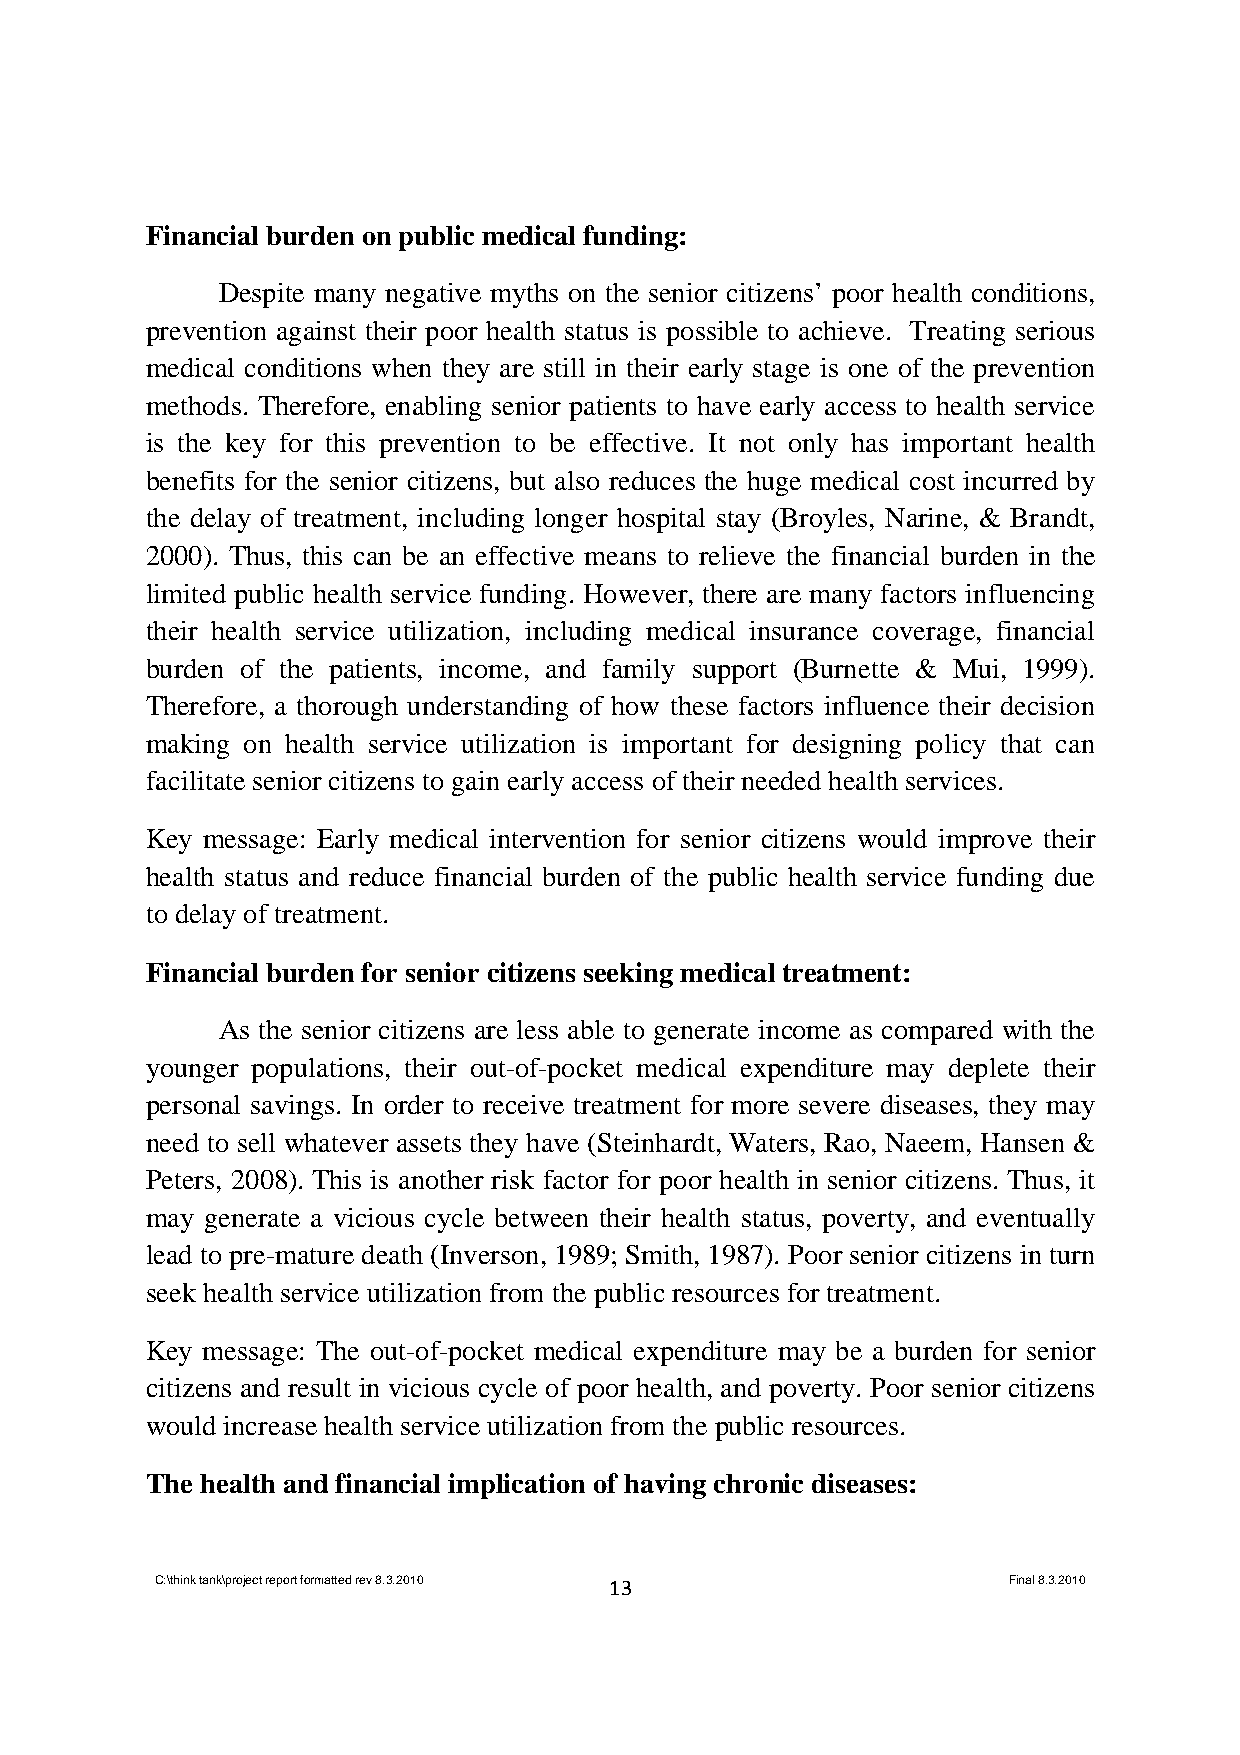
Financial burden on public medical funding:
 Despite many negative myths on the senior citizens’ poor health conditions,
 prevention against their poor health status is possible to achieve. Treating serious
 medical conditions when they are still in their early stage is one of the prevention
 methods. Therefore, enabling senior patients to have early access to health service
 is the key for this prevention to be effective. It not only has important health
 benefits for the senior citizens, but also reduces the huge medical cost incurred by
 the delay of treatment, including longer hospital stay (Broyles, Narine, & Brandt,
 2000). Thus, this can be an effective means to relieve the financial burden in the
 limited public health service funding. However, there are many factors influencing
 their health service utilization, including medical insurance coverage, financial
 burden of the patients, income, and family support (Burnette & Mui, 1999).
 Therefore, a thorough understanding of how these factors influence their decision
 making on health service utilization is important for designing policy that can
 facilitate senior citizens to gain early access of their needed health services.
 Key message: Early medical intervention for senior citizens would improve their
 health status and reduce financial burden of the public health service funding due
 to delay of treatment.
 Financial burden for senior citizens seeking medical treatment:
 As the senior citizens are less able to generate income as compared with the
 younger populations, their out-of-pocket medical expenditure may deplete their
 personal savings. In order to receive treatment for more severe diseases, they may
 need to sell whatever assets they have (Steinhardt, Waters, Rao, Naeem, Hansen &
 Peters, 2008). This is another risk factor for poor health in senior citizens. Thus, it
 may generate a vicious cycle between their health status, poverty, and eventually
 lead to pre-mature death (Inverson, 1989; Smith, 1987). Poor senior citizens in turn
 seek health service utilization from the public resources for treatment.
 Key message: The out-of-pocket medical expenditure may be a burden for senior
 citizens and result in vicious cycle of poor health, and poverty. Poor senior citizens
 would increase health service utilization from the public resources.
 The health and financial implication of having chronic diseases:
 C:\think tank\project report formatted rev 8.3.2010 13   Final 8.3.2010